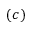
( c )